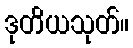
ဒုတိယသုတ်။